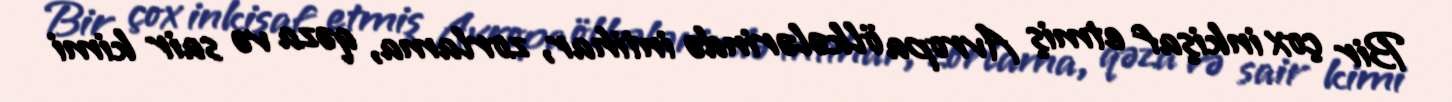
Bir çox inkişaf etmiş Avropa ölkələrində intihar, zorlama, qəza və sair kimi